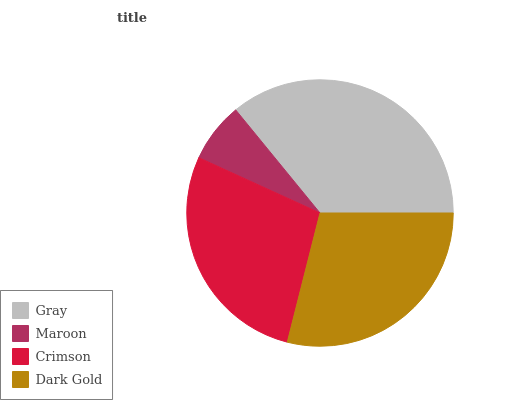
| Gray | Maroon | Crimson | Dark Gold |
 | --- | --- | --- | --- |
 | 35.9% | 7.27% | 27.8% | 28.9% |